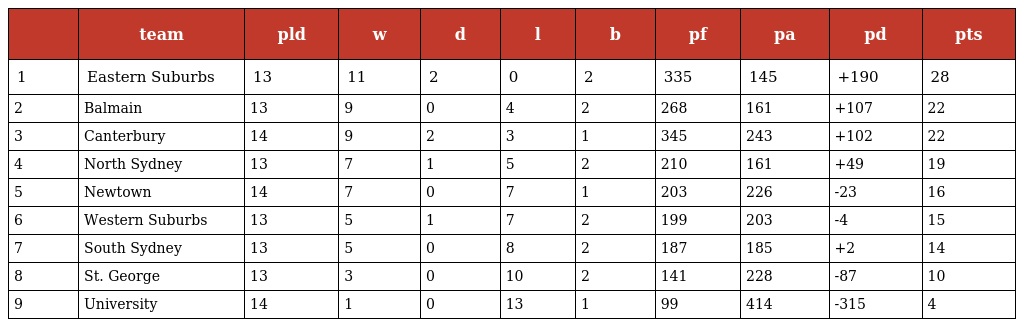
|  | team | pld | w | d | l | b | pf | pa | pd | pts |
 | --- | --- | --- | --- | --- | --- | --- | --- | --- | --- | --- |
 | 1 | Eastern Suburbs | 13 | 11 | 2 | 0 | 2 | 335 | 145 | +190 | 28 |
 | 2 | Balmain | 13 | 9 | 0 | 4 | 2 | 268 | 161 | +107 | 22 |
 | 3 | Canterbury | 14 | 9 | 2 | 3 | 1 | 345 | 243 | +102 | 22 |
 | 4 | North Sydney | 13 | 7 | 1 | 5 | 2 | 210 | 161 | +49 | 19 |
 | 5 | Newtown | 14 | 7 | 0 | 7 | 1 | 203 | 226 | -23 | 16 |
 | 6 | Western Suburbs | 13 | 5 | 1 | 7 | 2 | 199 | 203 | -4 | 15 |
 | 7 | South Sydney | 13 | 5 | 0 | 8 | 2 | 187 | 185 | +2 | 14 |
 | 8 | St. George | 13 | 3 | 0 | 10 | 2 | 141 | 228 | -87 | 10 |
 | 9 | University | 14 | 1 | 0 | 13 | 1 | 99 | 414 | -315 | 4 |